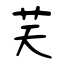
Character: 芺